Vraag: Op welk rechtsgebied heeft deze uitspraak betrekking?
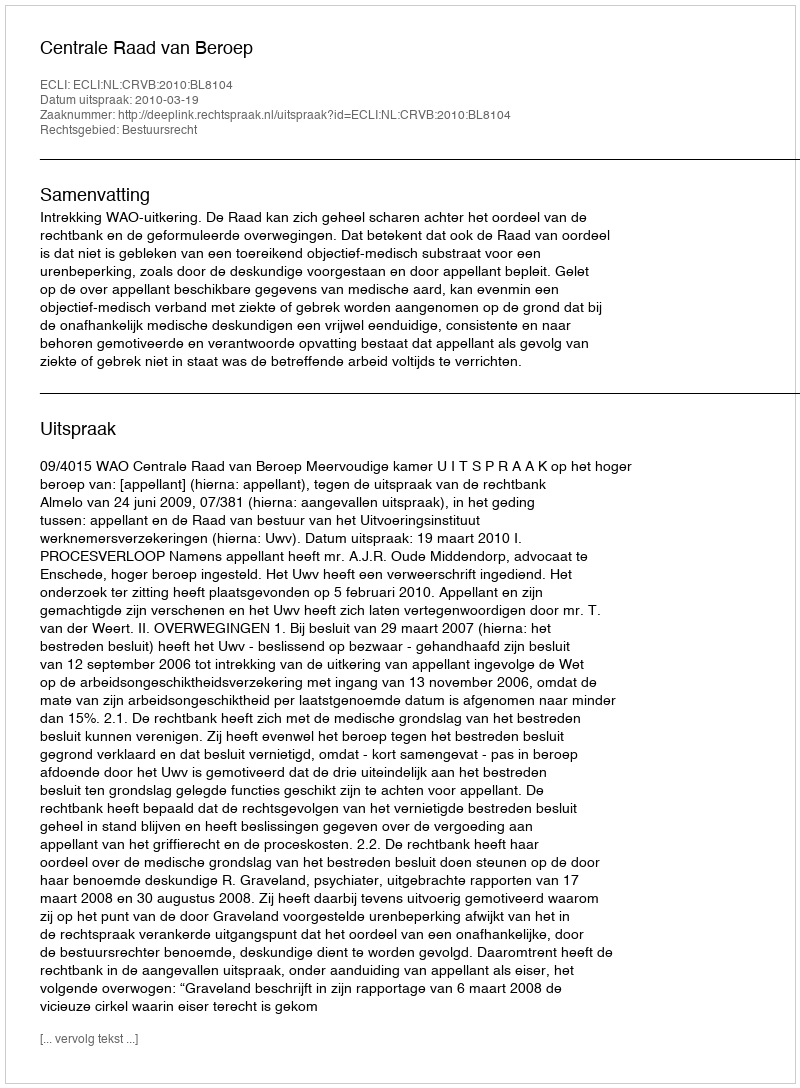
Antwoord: Bestuursrecht